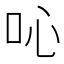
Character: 吣